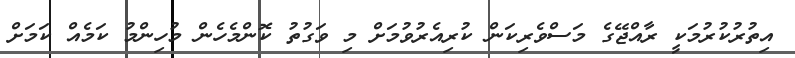
އިތުރުކުރުމަކީ ރާއްޖޭގެ މަސްވެރިކަން ކުރިއެރުވުމަށް މި ވަގުތު ކޮންމެހެން މުހިންމު ކަމެއް ކަމަށް